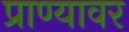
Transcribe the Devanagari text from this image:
प्राण्यावर